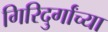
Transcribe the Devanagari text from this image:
गिरिदुर्गांच्या